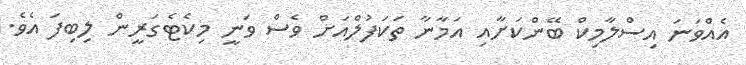
އެއްވަނަ އިސްލާމިކް ބޭންކަށާއި އަމާނާ ތަކަފުލްއަށް ވެސް ވަނީ މިކެޓެގަރީން ލިބިފަ އެވެ.